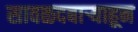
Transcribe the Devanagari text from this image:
सावळदबार्‍याहून